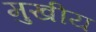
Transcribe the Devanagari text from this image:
मुखीय